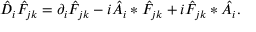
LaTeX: \hat { D } _ { i } \hat { F } _ { j k } = \partial _ { i } \hat { F } _ { j k } - i \hat { A } _ { i } \ast \hat { F } _ { j k } + i \hat { F } _ { j k } \ast \hat { A } _ { i } .